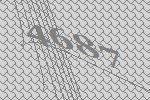
4687